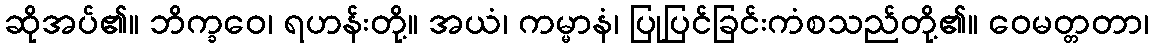
ဆိုအပ်၏။ ဘိက္ခဝေ၊ ရဟန်းတို့။ အယံ၊ ကမ္မာနံ၊ ပြုပြင်ခြင်းကံစသည်တို့၏။ ဝေမတ္တတာ၊